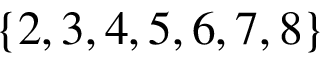
\{ 2 , 3 , 4 , 5 , 6 , 7 , 8 \}